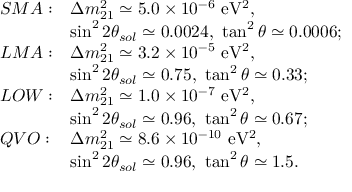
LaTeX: \begin{array} { r l l } { { } } & { { S M A : } } & { { \Delta m _ { 2 1 } ^ { 2 } \simeq 5 . 0 \times 1 0 ^ { - 6 } \ \mathrm { e V ^ { 2 } } , } } \\ { { } } & { { } } & { { \sin ^ { 2 } 2 \theta _ { s o l } \simeq 0 . 0 0 2 4 , \ \tan ^ { 2 } \theta \simeq 0 . 0 0 0 6 ; } } \\ { { } } & { { L M A : } } & { { \Delta m _ { 2 1 } ^ { 2 } \simeq 3 . 2 \times 1 0 ^ { - 5 } \ \mathrm { e V ^ { 2 } } , } } \\ { { } } & { { } } & { { \sin ^ { 2 } 2 \theta _ { s o l } \simeq 0 . 7 5 , \ \tan ^ { 2 } \theta \simeq 0 . 3 3 ; } } \\ { { } } & { { L O W : } } & { { \Delta m _ { 2 1 } ^ { 2 } \simeq 1 . 0 \times 1 0 ^ { - 7 } \ \mathrm { e V ^ { 2 } } , } } \\ { { } } & { { } } & { { \sin ^ { 2 } 2 \theta _ { s o l } \simeq 0 . 9 6 , \ \tan ^ { 2 } \theta \simeq 0 . 6 7 ; } } \\ { { } } & { { Q V O : } } & { { \Delta m _ { 2 1 } ^ { 2 } \simeq 8 . 6 \times 1 0 ^ { - 1 0 } \ \mathrm { e V ^ { 2 } } , } } \\ { { } } & { { } } & { { \sin ^ { 2 } 2 \theta _ { s o l } \simeq 0 . 9 6 , \ \tan ^ { 2 } \theta \simeq 1 . 5 . } } \end{array}